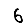
Digit: 6